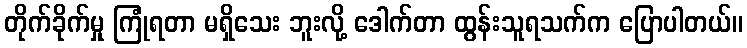
တိုက်ခိုက်မှု ကြုံရတာ မရှိသေး ဘူးလို့ ဒေါက်တာ ထွန်းသူရသက်က ပြောပါတယ်။